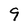
Character: 9